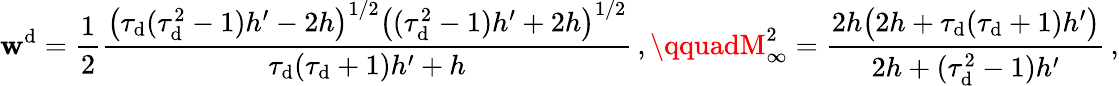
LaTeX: \mathbf{w}^{\mathrm{{d}}}=\frac{{1}}{{2}}\frac{{\big(\tau_{\mathrm{{d}}}(\tau_{\mathrm{{d}}}^{2}-1)h^{\prime}-2h\big)^{1/2}\big((\tau_{\mathrm{{d}}}^{2}-1)h^{\prime}+2h\big)^{1/2}}}{{\tau_{\mathrm{{d}}}(\tau_{\mathrm{{d}}}+1)h^{\prime}+h}}\, ,\qquadM_{\infty}^{2}=\frac{{2h\big(2h+\tau_{\mathrm{{d}}}(\tau_{\mathrm{{d}}}+1)h^{\prime}\big)}}{{2h+(\tau_{\mathrm{{d}}}^{2}-1)h^{\prime}}}\, ,